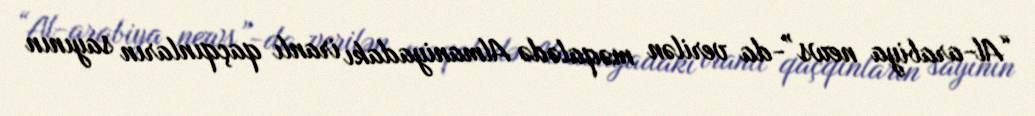
“Al-arabiya news”-da verilən məqalədə Almaniyadakı iranlı qaçqınların sayının